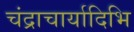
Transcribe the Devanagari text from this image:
चंद्राचार्यादिभि